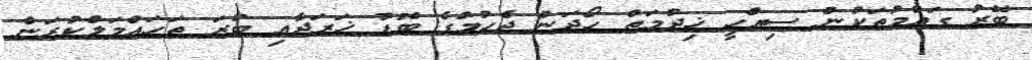
ބޭރު ގައުމުތަކުން ސިއްހީ ޚިދުމަތް ހޯދަން ޖެހުމުގެ ބޮޑު ޚަރަދާއި ބުރަ ތަހައްމަލްކުރަން